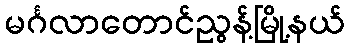
မင်္ဂလာတောင်ညွန့်မြို့နယ်